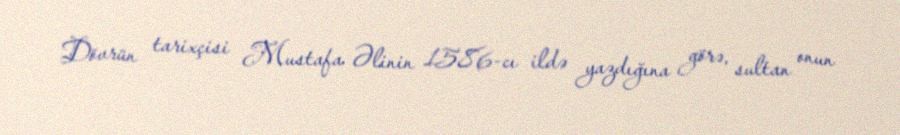
Dövrün tarixçisi Mustafa Əlinin 1586-cı ildə yazdığına görə, sultan onun